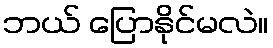
ဘယ် ပြောနိုင်မလဲ။